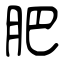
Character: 肥